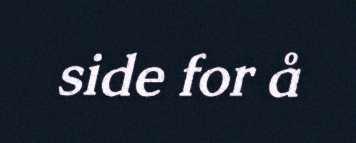
side for å